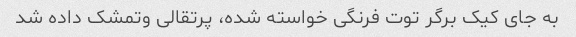
به جای کیک برگر توت فرنگی خواسته شده، پرتقالی وتمشک داده شد